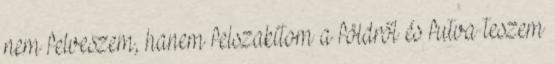
nem felveszem, hanem felszakítom a földről és futva teszem